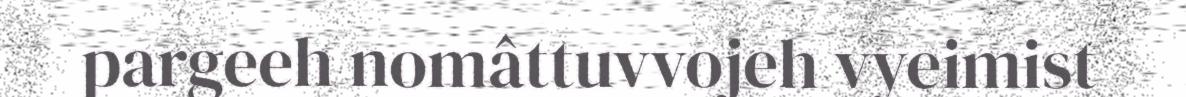
pargeeh nomâttuvvojeh vyeimist